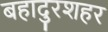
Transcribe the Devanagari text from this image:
बहादुरशहर